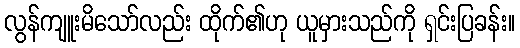
လွန်ကျူးမိသော်လည်း ထိုက်၏ဟု ယူမှားသည်ကို ရှင်းပြခန်း။